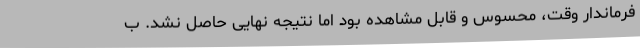
فرماندار وقت، محسوس و قابل مشاهده بود اما نتیجه نهایی حاصل نشد. ب